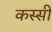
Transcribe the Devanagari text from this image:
कस्सी